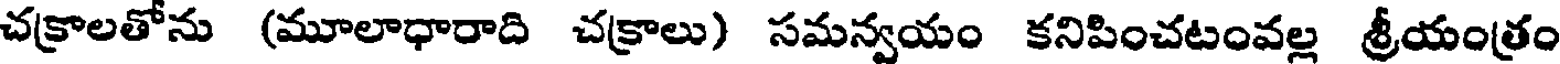
చక్రాలతోను (మూలాధారాది చక్రాలు) సమన్వయం కనిపించటంవల్ల శ్రీయంత్రం